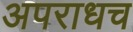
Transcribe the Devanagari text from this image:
अपराधच